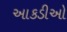
આકડીઓ